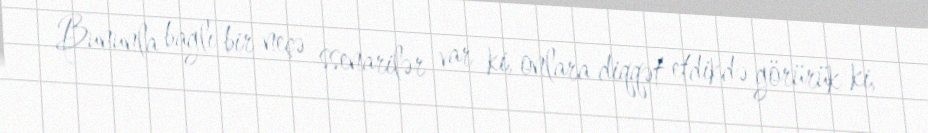
Bununla bağlı bir neçə ssenarilər var ki, onlara diqqət etdikdə görürük ki,